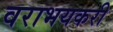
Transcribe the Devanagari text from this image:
वराभयकरी